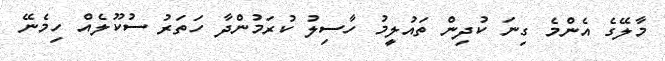
މާލޭގެ އެންމެ ގިނަ ކުދިން ތައުލީމު ހާސިލު ކުރަމުންދާ ހަތަރު ސުކޫލެއް ހިމެނޭ